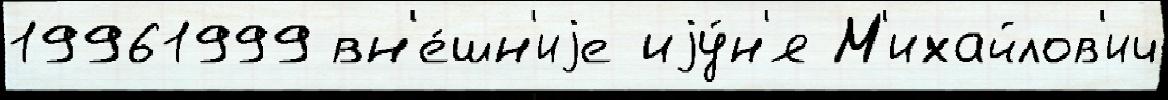
19961999 вн'е́шн'иjе иjу́н'я М'ихайлов'ич